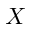
X